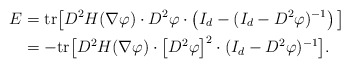
\begin{align*}E&={\rm tr}\big[D^2 H(\nabla\varphi)\cdot D^2\varphi\cdot\left(I_d-(I_d-D^2\varphi)^{-1}\right)\big]\\& =-{\rm tr}\big[D^2 H(\nabla\varphi)\cdot \big[D^2\varphi\big]^2\cdot (I_d-D^2\varphi)^{-1}\big].\end{align*}